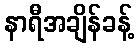
နာရီအချိန်ခန့်